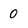
Character: 0